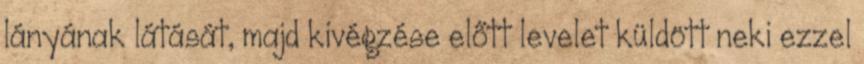
lányának látását, majd kivégzése előtt levelet küldött neki ezzel